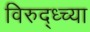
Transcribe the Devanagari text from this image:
विरुद्ध्च्या